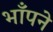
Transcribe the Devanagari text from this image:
भाँपने